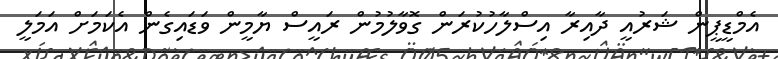
އެމްޑީޕީން ޝަރުއީ ދާއިރާ އިސްލާހުކުރަން ގޮވާލުމުން ރައީސް ޔާމީން ވަޑައިގެން އެކަމަށް އަމަލީ